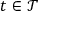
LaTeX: t \in { \mathcal { T } }